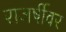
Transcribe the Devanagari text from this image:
राजर्षीवर